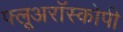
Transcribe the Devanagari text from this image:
फ्लूअरॉस्कोपी